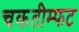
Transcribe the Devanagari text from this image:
चकतीम्फट